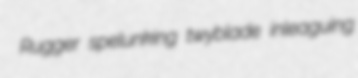
Rugger spelunking twyblade inleaguing